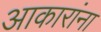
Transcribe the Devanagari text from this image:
आकारांना